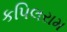
કપિલરામ